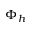
\Phi _ { h }